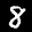
Label: 8